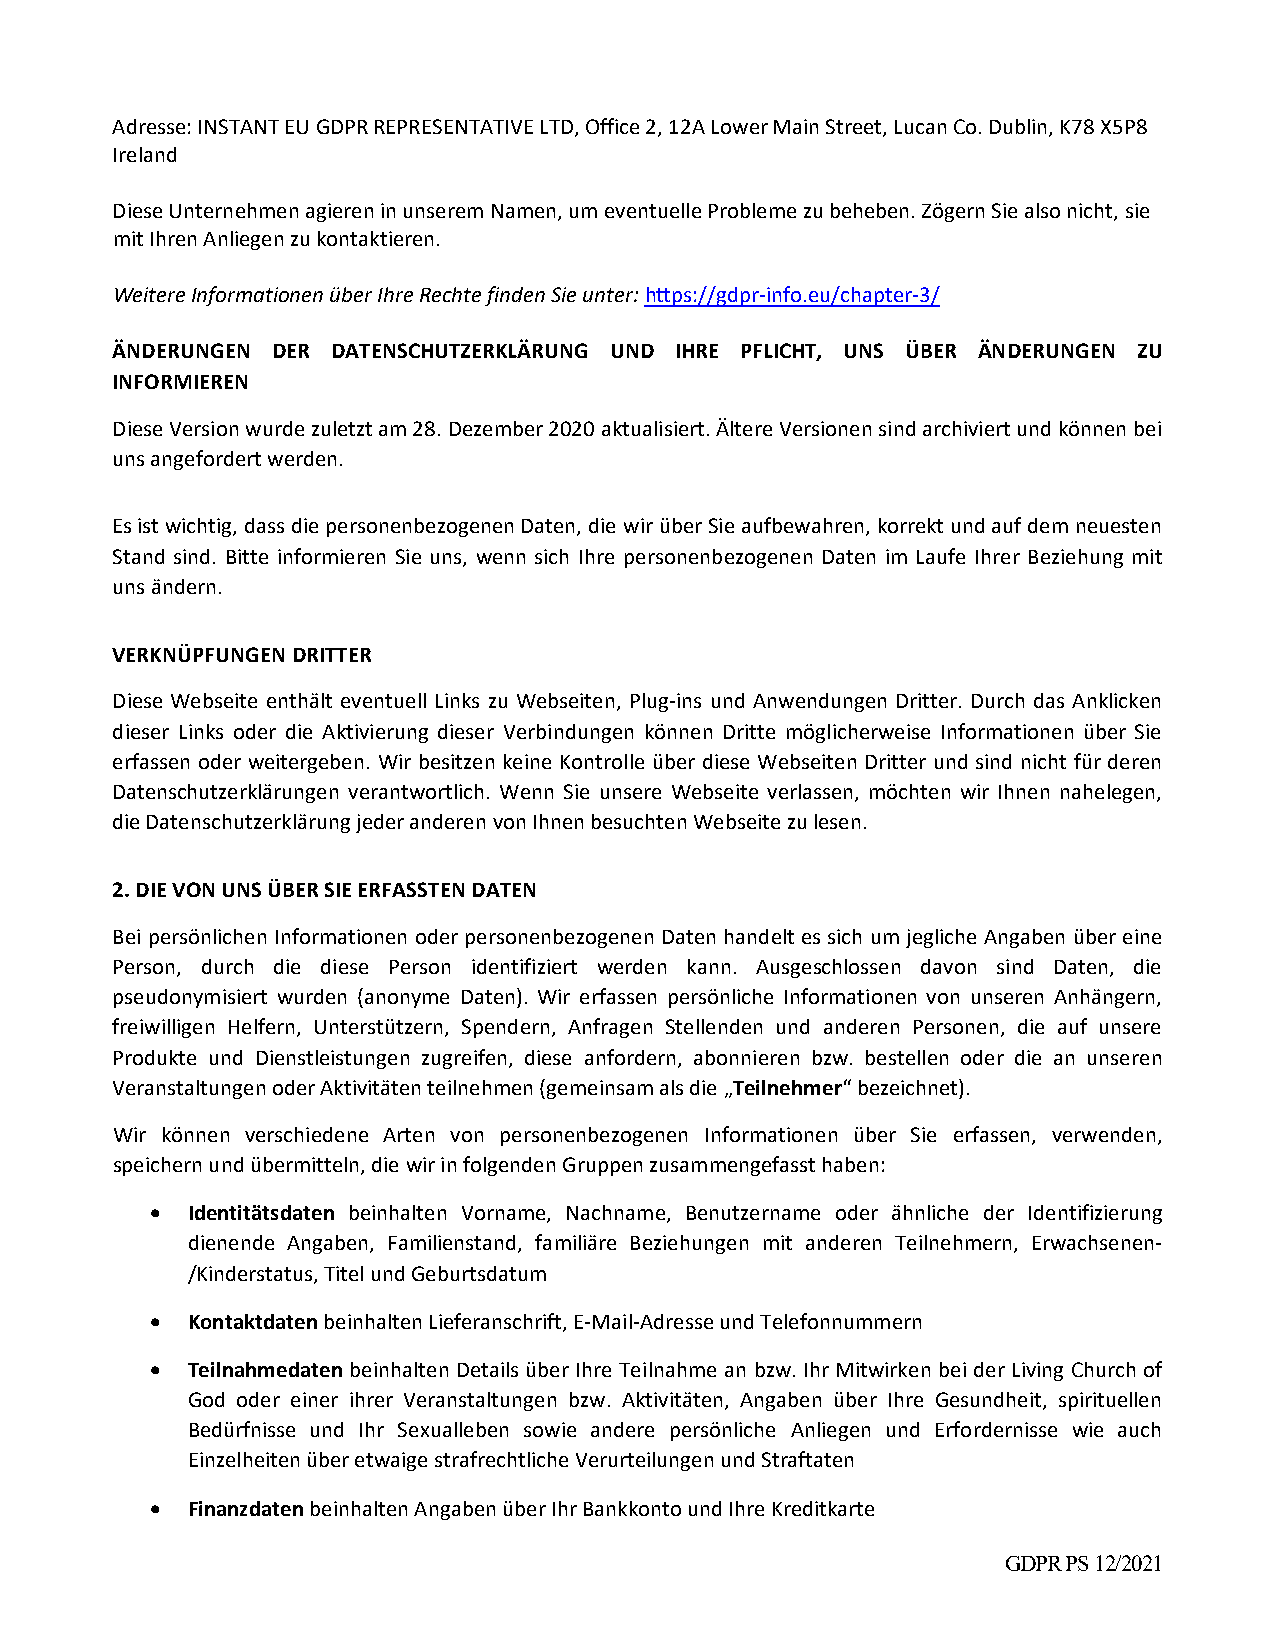
Adresse: INSTANT EU GDPR REPRESENTATIVE LTD, Office 2, 12A Lower Main Street, Lucan Co. Dublin, K78 X5P8
 Ireland
 Diese Unternehmen agieren in unserem Namen, um eventuelle Probleme zu beheben. Zögern Sie also nicht, sie
 mit Ihren Anliegen zu kontaktieren.
 Weitere Informationen über Ihre Rechte finden Sie unter: https://gdpr‐info.eu/chapter‐3/
 ÄNDERUNGEN DER DATENSCHUTZERKLÄRUNG UND IHRE PFLICHT, UNS ÜBER ÄNDERUNGEN ZU
 INFORMIEREN
 Diese Version wurde zuletzt am 28. Dezember 2020 aktualisiert. Ältere Versionen sind archiviert und können bei
 uns angefordert werden.
 Es ist wichtig, dass die personenbezogenen Daten, die wir über Sie aufbewahren, korrekt und auf dem neuesten
 Stand sind. Bitte informieren Sie uns, wenn sich Ihre personenbezogenen Daten im Laufe Ihrer Beziehung mit
 uns ändern.
 VERKNÜPFUNGEN DRITTER
 Diese Webseite enthält eventuell Links zu Webseiten, Plug‐ins und Anwendungen Dritter. Durch das Anklicken
 dieser Links oder die Aktivierung dieser Verbindungen können Dritte möglicherweise Informationen über Sie
 erfassen oder weitergeben. Wir besitzen keine Kontrolle über diese Webseiten Dritter und sind nicht für deren
 Datenschutzerklärungen verantwortlich. Wenn Sie unsere Webseite verlassen, möchten wir Ihnen nahelegen,
 die Datenschutzerklärung jeder anderen von Ihnen besuchten Webseite zu lesen.
 2. DIE VON UNS ÜBER SIE ERFASSTEN DATEN
 Bei persönlichen Informationen oder personenbezogenen Daten handelt es sich um jegliche Angaben über eine
 Person, durch die diese Person identifiziert werden kann. Ausgeschlossen davon sind Daten, die
 pseudonymisiert wurden (anonyme Daten). Wir erfassen persönliche Informationen von unseren Anhängern,
 freiwilligen Helfern, Unterstützern, Spendern, Anfragen Stellenden und anderen Personen, die auf unsere
 Produkte und Dienstleistungen zugreifen, diese anfordern, abonnieren bzw. bestellen oder die an unseren
 Veranstaltungen oder Aktivitäten teilnehmen (gemeinsam als die „Teilnehmer“ bezeichnet).
 Wir können verschiedene Arten von personenbezogenen Informationen über Sie erfassen, verwenden,
 speichern und übermitteln, die wir in folgenden Gruppen zusammengefasst haben:
  Identitätsdaten beinhalten Vorname, Nachname, Benutzername oder ähnliche der Identifizierung
 dienende Angaben, Familienstand, familiäre Beziehungen mit anderen Teilnehmern, Erwachsenen‐
 /Kinderstatus, Titel und Geburtsdatum
  Kontaktdaten beinhalten Lieferanschrift, E‐Mail‐Adresse und Telefonnummern
  Teilnahmedaten beinhalten Details über Ihre Teilnahme an bzw. Ihr Mitwirken bei der Living Church of
 God oder einer ihrer Veranstaltungen bzw. Aktivitäten, Angaben über Ihre Gesundheit, spirituellen
 Bedürfnisse und Ihr Sexualleben sowie andere persönliche Anliegen und Erfordernisse wie auch
 Einzelheiten über etwaige strafrechtliche Verurteilungen und Straftaten
  Finanzdaten beinhalten Angaben über Ihr Bankkonto und Ihre Kreditkarte
 GDPR PS 12/2021